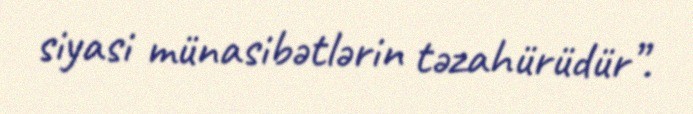
siyasi münasibətlərin təzahürüdür”.